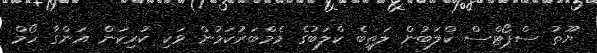
ޔޫތު ސްޕޯޓްސް ކްލަބުން ލަތީބެ ކްލަބުގެ މެމްބަރުކަމުން ވަކި ކުރިކަން އަންގާ ހޯމް